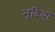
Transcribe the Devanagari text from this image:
भुदिया